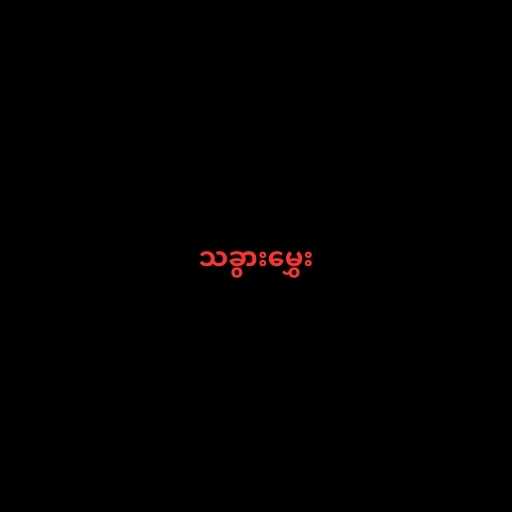
သခွားမွှေး